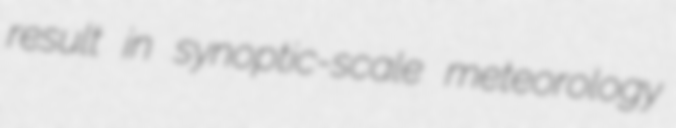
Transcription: result in synoptic-scale meteorology